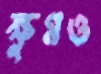
ক্ষুণ্নও